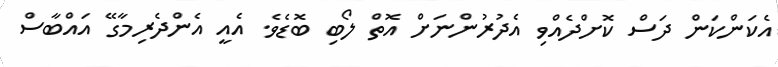
އެކަންކަން ދަސް ކޮށްދެއްވި އެދުރުންނަށް އޮތް ލޯބި ބޮޑެވެ. އެއީ އެންދެރިމާގޭ އައްބާސް